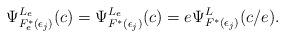
LaTeX: \begin{align*} \Psi_{F_e^*(\epsilon_j)}^{L_e}(c)=\Psi_{F^*(\epsilon_j)}^{L_e}(c)=e\Psi_{F^*(\epsilon_j)}^L(c/e).\end{align*}